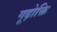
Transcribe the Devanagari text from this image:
गूढ़ोक्ति